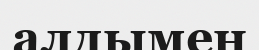
алдымен